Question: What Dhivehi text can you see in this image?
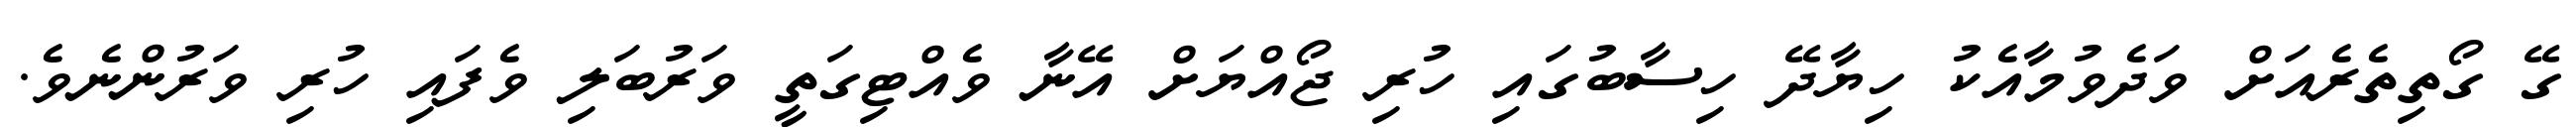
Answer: ގޭ ގޯތިތެރެއަށް ވަދެވުމާއެކު ހިޔާދޭ ހިސާބުގައި ހުރި ޖޯއްޔަށް އޭނާ ވެއްޓިގަތީ ވަރުބަލި ވެފައި ހުރި ވަރުންނެވެ.